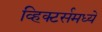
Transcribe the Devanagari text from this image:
व्हिक्टर्समध्ये